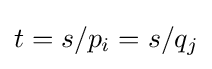
t=s/p_{i}=s/q_{j}